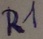
Text: R1